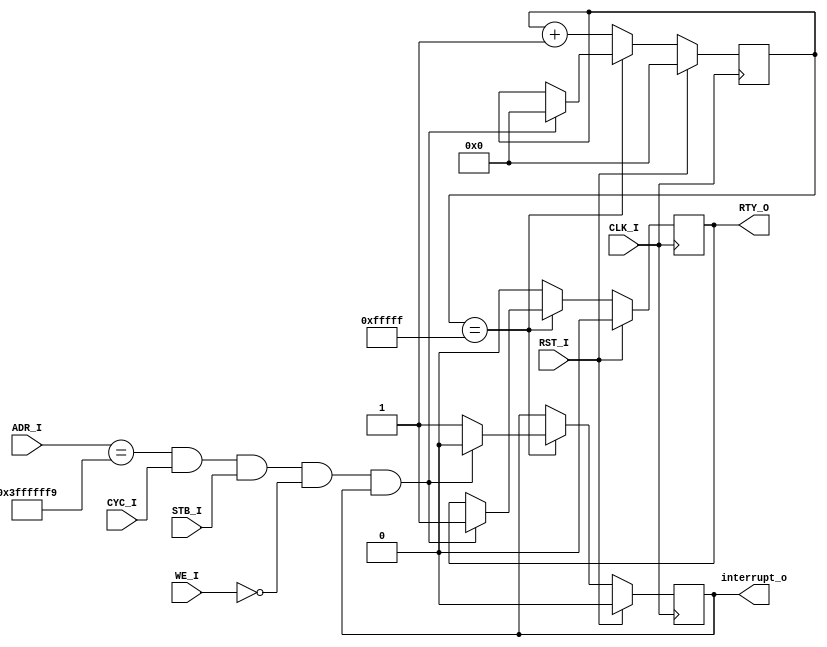
module timer(
	input CLK_I,
	input RST_I,
	
	input [31:2] ADR_I,
	input CYC_I,
	input STB_I,
	input WE_I,
	
	output reg RTY_O,
	output reg interrupt_o
);

reg [27:0] counter;

always @(posedge CLK_I) begin
	if(RST_I == 1'b1) begin
		RTY_O <= 1'b0;
		interrupt_o <= 1'b0;
		counter <= 28'd0;
	end
	else if(counter == 28'h00FFFFF) begin
		if(ADR_I == { 27'b1111_1111_1111_1111_1111_1111_111, 3'b001 } && CYC_I == 1'b1 && STB_I == 1'b1 && WE_I == 1'b0 && interrupt_o == 1'b1) begin
			RTY_O <= 1'b1;
			interrupt_o <= 1'b0;
			counter <= 28'd0;
		end
		else begin
			interrupt_o <= 1'b1;
		end
	end
	else begin
		RTY_O <= 1'b0;
		counter <= counter + 28'd1;
	end
end

endmodule